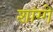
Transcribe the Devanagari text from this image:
शांग्गे